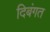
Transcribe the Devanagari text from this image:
दिबंगत